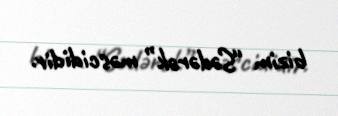
bizim “Sədərək” məscididir.